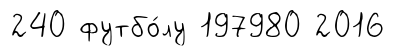
240 футбо́лу 197980 2016